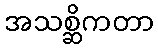
အသစ္ဆိကတာ